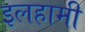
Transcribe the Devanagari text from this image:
इलहामी